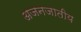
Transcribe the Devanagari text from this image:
अजनजातीय